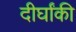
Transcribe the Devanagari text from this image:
दीर्घांकी